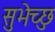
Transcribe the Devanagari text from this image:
सुभेच्छु